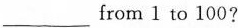
___from 1 to 100?